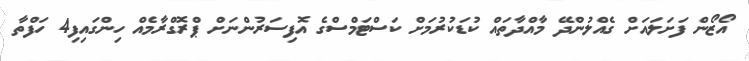
އޯޒޯން ފަށަލައަށް ގެއްލުންދޭ މާއްދާތައް ކުޑަކުރުމަށް ކަސްޓަމްސްގެ އޮފިސަރުންނަށް ޕްރޮގްރާމެއް ހިންގައިފި4 ހަފްތާ